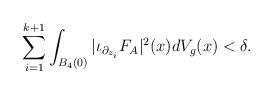
LaTeX: \begin{align*}\sum_{i=1}^{k+1}\int_{B_4(0)}|\iota_{\partial_{z_i}}F_A|^2(x)dV_g(x)< \delta.\end{align*}